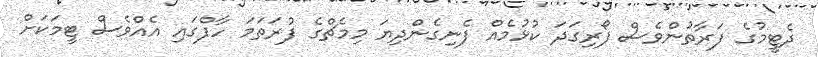
ދެޓީމުގެ ފަރާތުންވެސް ފޯރިގަދަ ކުޅުމެއް ފެނިގެންދިޔަ މިމެޗްގެ ފުރަތަމަ ހާފްގައި އެއްވެސް ޓީމަކަށް